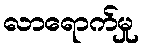
လာရောက်မှု